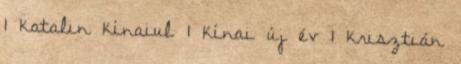
1 katalin kínaiul 1 kínai új év 1 krisztián